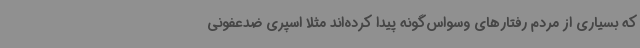
که بسیاری از مردم رفتارهای وسواس‌گونه پیدا کرده‌اند مثلا اسپری ضدعفونی